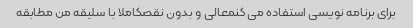
برای برنامه نویسی استفاده می کنمعالی و بدون نقصکاملا با سلیقه من مطابقه